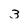
Character: 3